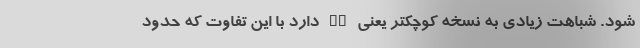
شود. شباهت زیادی به نسخه کوچکتر یعنی EV دارد با این تفاوت که حدود